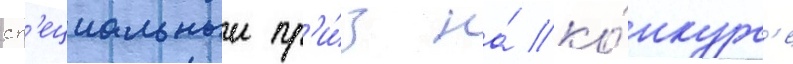
сп'ециальныи пр'и́з на́ ко́нкурс'е